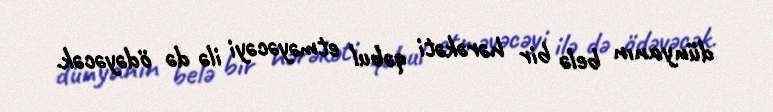
dünyanın belə bir hərəkəti qəbul etməyəcəyi ilə də ödəyəcək.